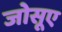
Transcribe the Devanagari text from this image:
जोसूए